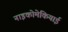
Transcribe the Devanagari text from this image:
नाइकोमेकियाई